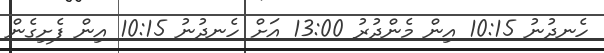
ހެނދުނު 10:15 އިން މެންދުރު 13:00 އަށް ހެނދުނު 10:15 އިން ފެށިގެން